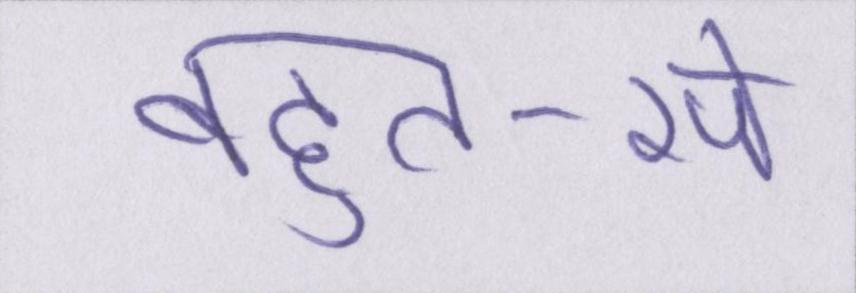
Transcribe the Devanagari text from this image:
बहुत-से